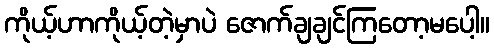
ကိုယ့်ဟာကိုယ့်တဲ့မှာပဲ ဇောက်ချချင်ကြတော့မပေါ့။